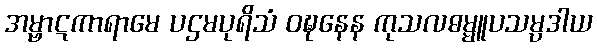
အမ္ဗာဋကာရာမေ ပဌမပုရိသံ ဝဍ္ဎနေန ကုသလဓမ္မူပသမ္ပဒါယ